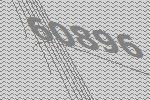
60896